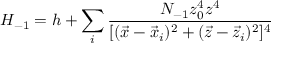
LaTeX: H _ { - 1 } = h + \sum _ { i } \frac { N _ { - 1 } z _ { 0 } ^ { 4 } z ^ { 4 } } { [ ( \vec { x } - \vec { x } _ { i } ) ^ { 2 } + ( \vec { z } - \vec { z } _ { i } ) ^ { 2 } ] ^ { 4 } }